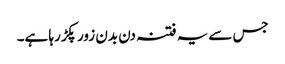
جس سے یہ فتنہ دن بدن زور پکڑرہا ہے۔